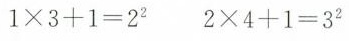
$$1×3+1=2^{2}$$ $$2×4+1=3^{2}$$